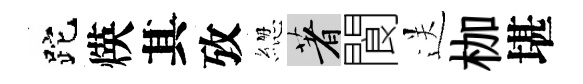
跎煐其攷緫著閬送枷堪